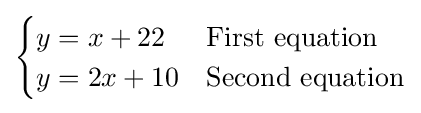
{\begin{cases}y=x+22&{\text{First equation}}\\y=2x+10&{\text{Second equation}}\end{cases}}